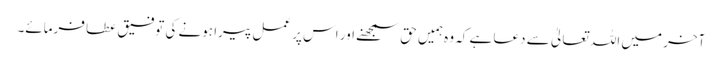
آخر میں اللہ تعالیٰ سے دعا ہے کہ وہ ہمیں حق سمجھنے اور اس پر عمل پیرا ہونے کی توفیق عطا فرمائے۔